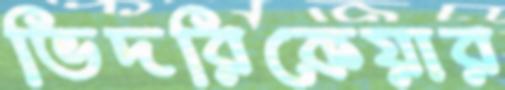
ভিদরিকেয়ার